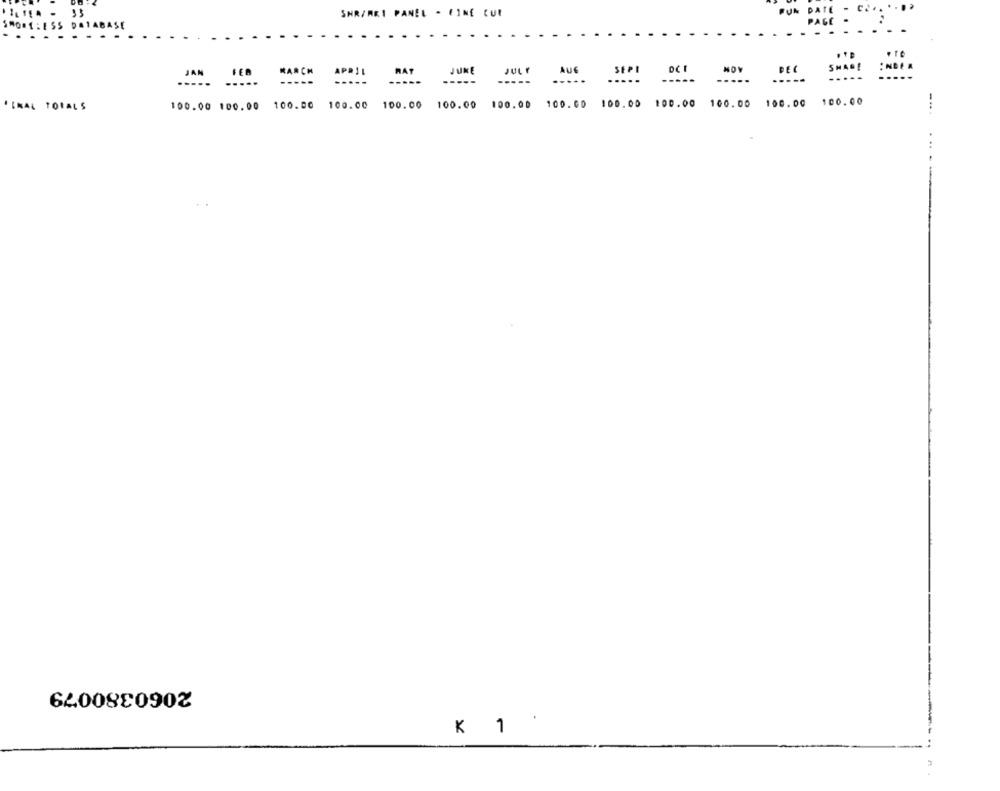
SHR/MKI PANEL - FINE CUI
PUN DA
AOM
JAN
MARCH
APRIL
RAT
JUKE
JULY
AUG
SEPI
DEC
SHARE
---
-----
---
.....
.....
-----
.....
-----
-----
-----
100.00 100.00 100.00 100.00 100.00
100.00
·INAL TOTALS
100.00 100.00 100.00 100.00 100.00 100.00
100.00
2060380079
K 1